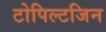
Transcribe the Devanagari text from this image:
टोपिल्टजिन